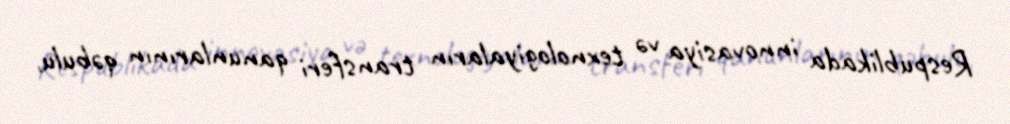
Respublikada innovasiya və texnologiyaların transferi qanunlarının qəbulu,